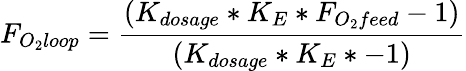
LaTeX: F_{O_{2}loop}={\frac{(K_{dosage}*K_{E}*F_{O_{2}feed}-1)}{(K_{dosage}*K_{E}*-1)}}